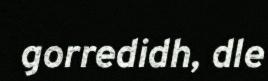
gorredidh, dle